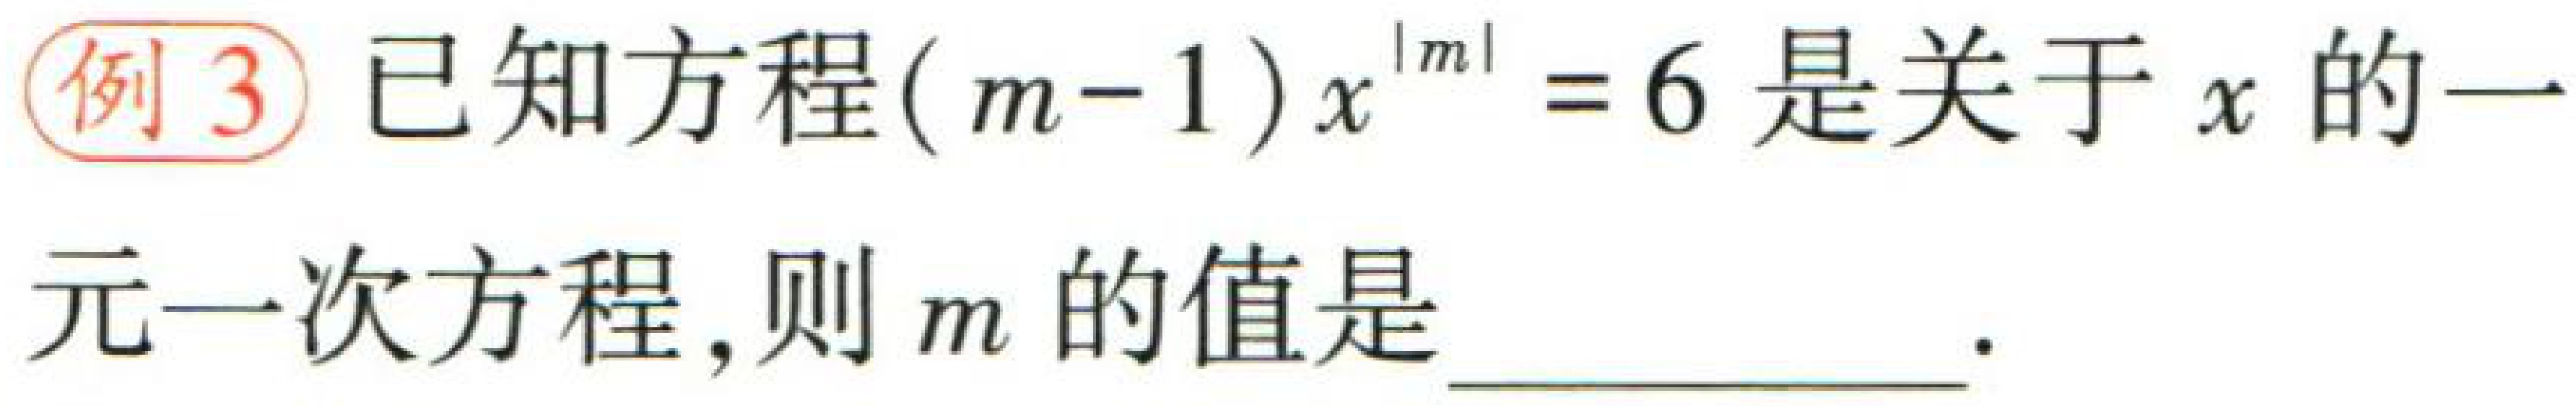
例3 已知方程\((m - 1)x^{|m|}=6\)是关于\(x\)的一

元一次方程，则\(m\)的值是  。